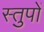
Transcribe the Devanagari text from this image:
स्तुपों